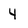
Character: 4